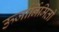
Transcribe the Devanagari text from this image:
ऊर्जार्निमिती